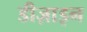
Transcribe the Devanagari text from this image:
डीज़ाइन